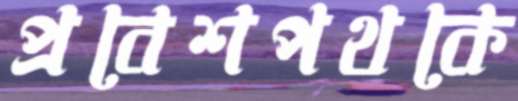
প্রবেশপথকে